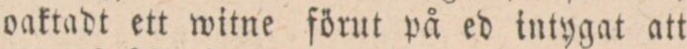
oaktadt ett witne förut på ed intygat att